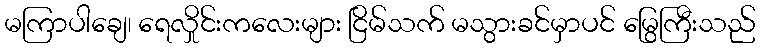
မကြာပါချေ၊ ရေလှိုင်းကလေးများ ငြိမ်သက် မသွားခင်မှာပင် မြွေကြီးသည်